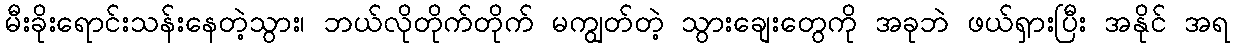
မီးခိုးရောင်းသန်းနေတဲ့သွား၊ ဘယ်လိုတိုက်တိုက် မကျွတ်တဲ့ သွားချေးတွေကို အခုဘဲ ဖယ်ရှားပြီး အနိုင် အရ